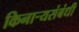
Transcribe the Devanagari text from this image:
किनार्‍यसंबंधी